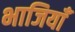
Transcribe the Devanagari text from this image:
भाजियाँ